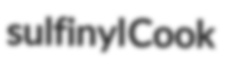
sulfinyl Cook